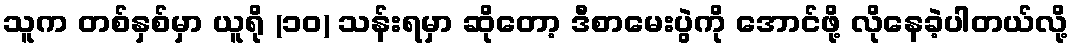
သူက တစ်နှစ်မှာ ယူရို (၁၀) သန်းရမှာ ဆိုတော့ ဒီစာမေးပွဲကို အောင်ဖို့ လိုနေခဲ့ပါတယ်လို့